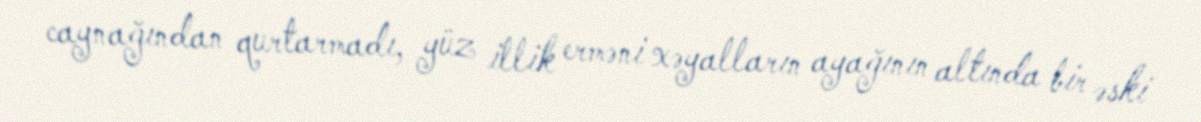
caynağından qurtarmadı, yüz illik erməni xəyalların ayağının altında bir əski